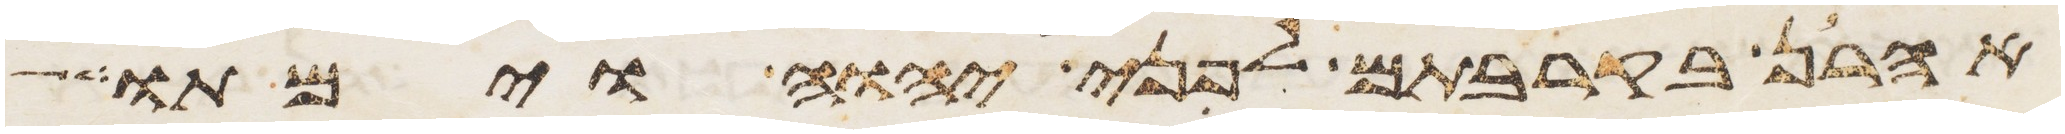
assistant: אהרן בקרבתם לפני יהוה וימתו